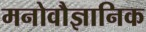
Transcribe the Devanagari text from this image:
मनोवौज्ञानिक